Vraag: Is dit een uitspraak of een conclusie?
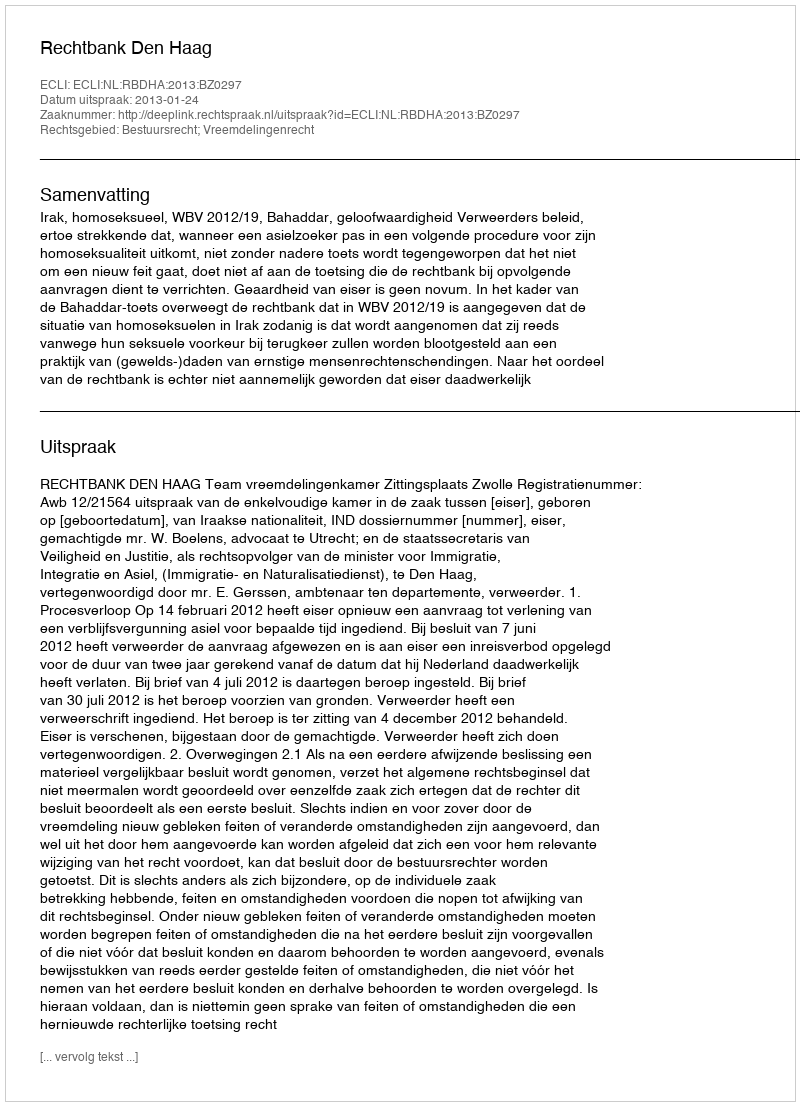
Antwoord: Uitspraak